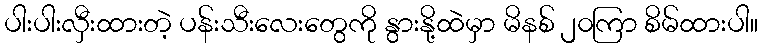
ပါးပါးလှီးထားတဲ့ ပန်းသီးလေးတွေကို နွားနို့ထဲမှာ မိနစ် ၂၀ကြာ စိမ်ထားပါ။